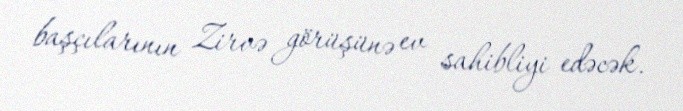
başçılarının Zirvə görüşünə ev sahibliyi edəcək.